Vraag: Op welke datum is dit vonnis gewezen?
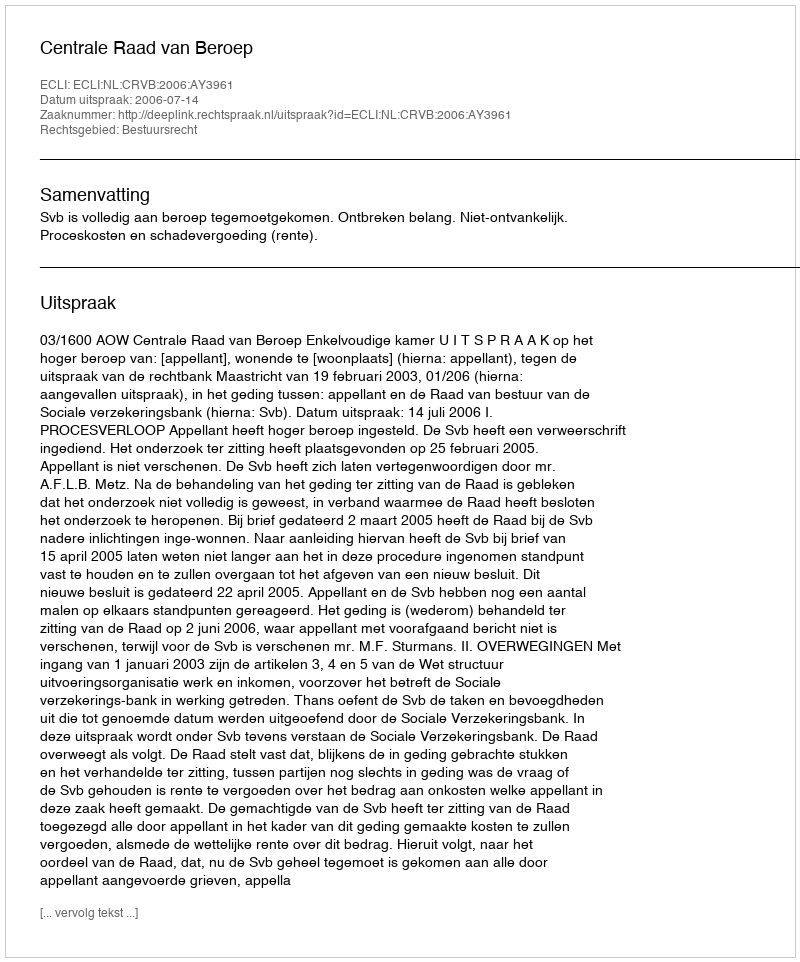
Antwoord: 2006-07-14